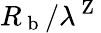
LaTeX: R_{\mathrm{~b~}}/\lambda^{\mathrm{~Z~}}